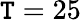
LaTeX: \mathtt{T}=25